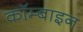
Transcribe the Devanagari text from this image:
कॉम्बाइन